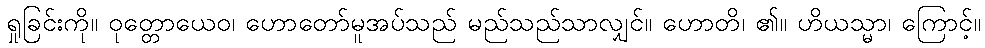
ရှုခြင်းကို။ ဝုတ္တောယေဝ၊ ဟောတော်မူအပ်သည် မည်သည်သာလျှင်။ ဟောတိ၊ ၏။ ဟိယသ္မာ၊ ကြောင့်။